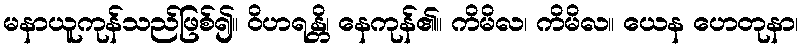
မနာယူကုန်သည်ဖြစ်၍။ ဝိဟရန္တိ၊ နေကုန်၏။ ကိမိလ၊ ကိမိလ။ ယေန ဟေတုနာ၊